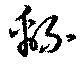
綿